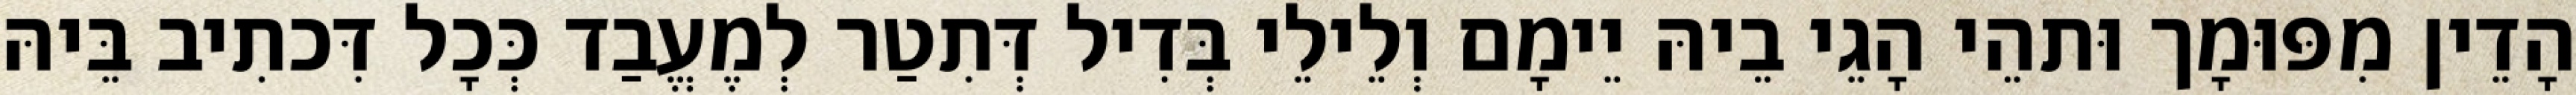
הָדֵין מִפּוּמָך וּתהֵי הָגֵי בֵיהּ יֵימָם וְלֵילֵי בְּדִיל דְּתִטַר לְמֶעֱבַד כְּכָל דִּכתִיב בֵּיהּ